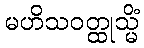
မဟိသဝတ္ထုသ္မိံ